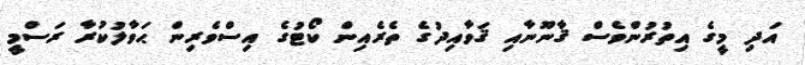
އަދި މީގެ އިތުރުންވެސް ޤާނޫނާއި ޤަވާއިދުގެ ތެރެއިން ކޯޓުގެ އިސްވެރިން ޙަވާލުކުރާ ރަސްމީ